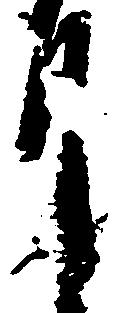
月